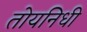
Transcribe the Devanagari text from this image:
तोयनिधी